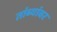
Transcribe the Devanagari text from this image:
तांब्यांवर